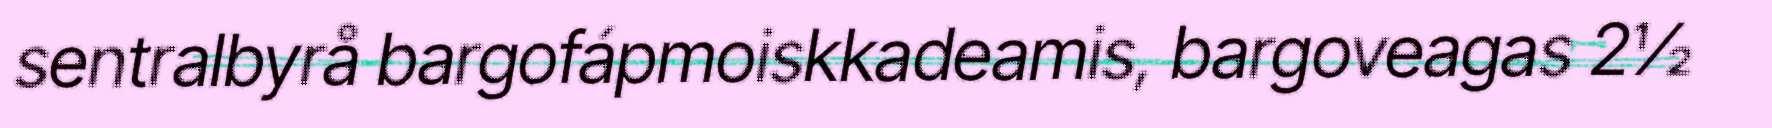
sentralbyrå bargofápmoiskkadeamis, bargoveagas 2½